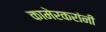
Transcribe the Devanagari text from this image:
कामेरकरांनी